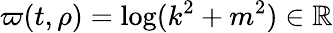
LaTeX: \varpi(t,\rho)=\log(k^{2}+m^{2})\in\mathbb{R}